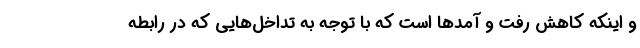
و اینکه کاهش رفت و آمدها است که با توجه به تداخل‌هایی که در رابطه